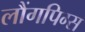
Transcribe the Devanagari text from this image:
लौंगपिग्स